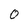
Character: O